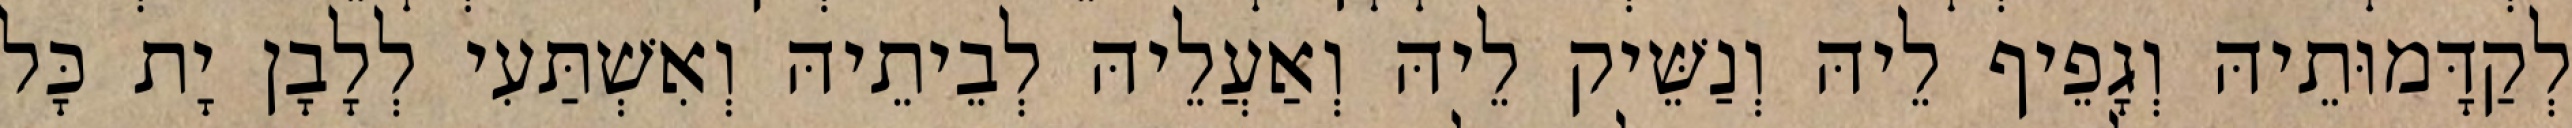
לְקַדָּמוּתֵיהּ וְגָפֵיף לֵיהּ וְנַשֵּׁיק לֵיהּ וְאַעֲלֵיהּ לְבֵיתֵיהּ וְאִשְׁתַּעִי לְלָבָן יָת כָּל